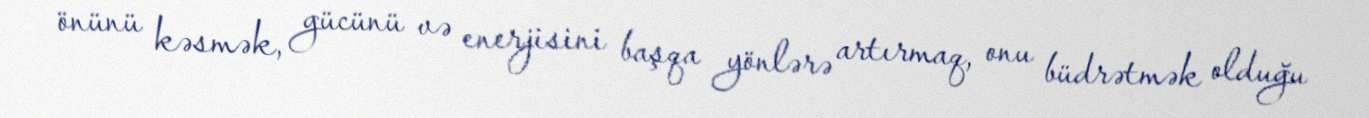
önünü kəsmək, gücünü və enerjisini başqa yönlərə artırmaq, onu büdrətmək olduğu